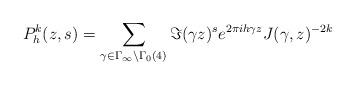
LaTeX: \begin{align*} P_h^k(z,s) = \sum_{\gamma \in \Gamma_\infty \backslash \Gamma_0(4)} \Im(\gamma z)^s e^{2\pi i h \gamma z} J(\gamma, z)^{-2k}\end{align*}